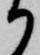
か